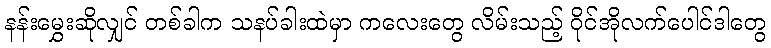
နန်းမွှေးဆိုလျှင် တစ်ခါက သနပ်ခါးထဲမှာ ကလေးတွေ လိမ်းသည့် ဝိုင်အိုလက်ပေါင်ဒါတွေ